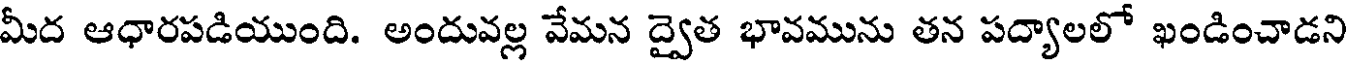
మీద ఆధారపడియుంది. అందువల్ల వేమన ద్వైత భావమును తన పద్యాలలో ఖండించాడని